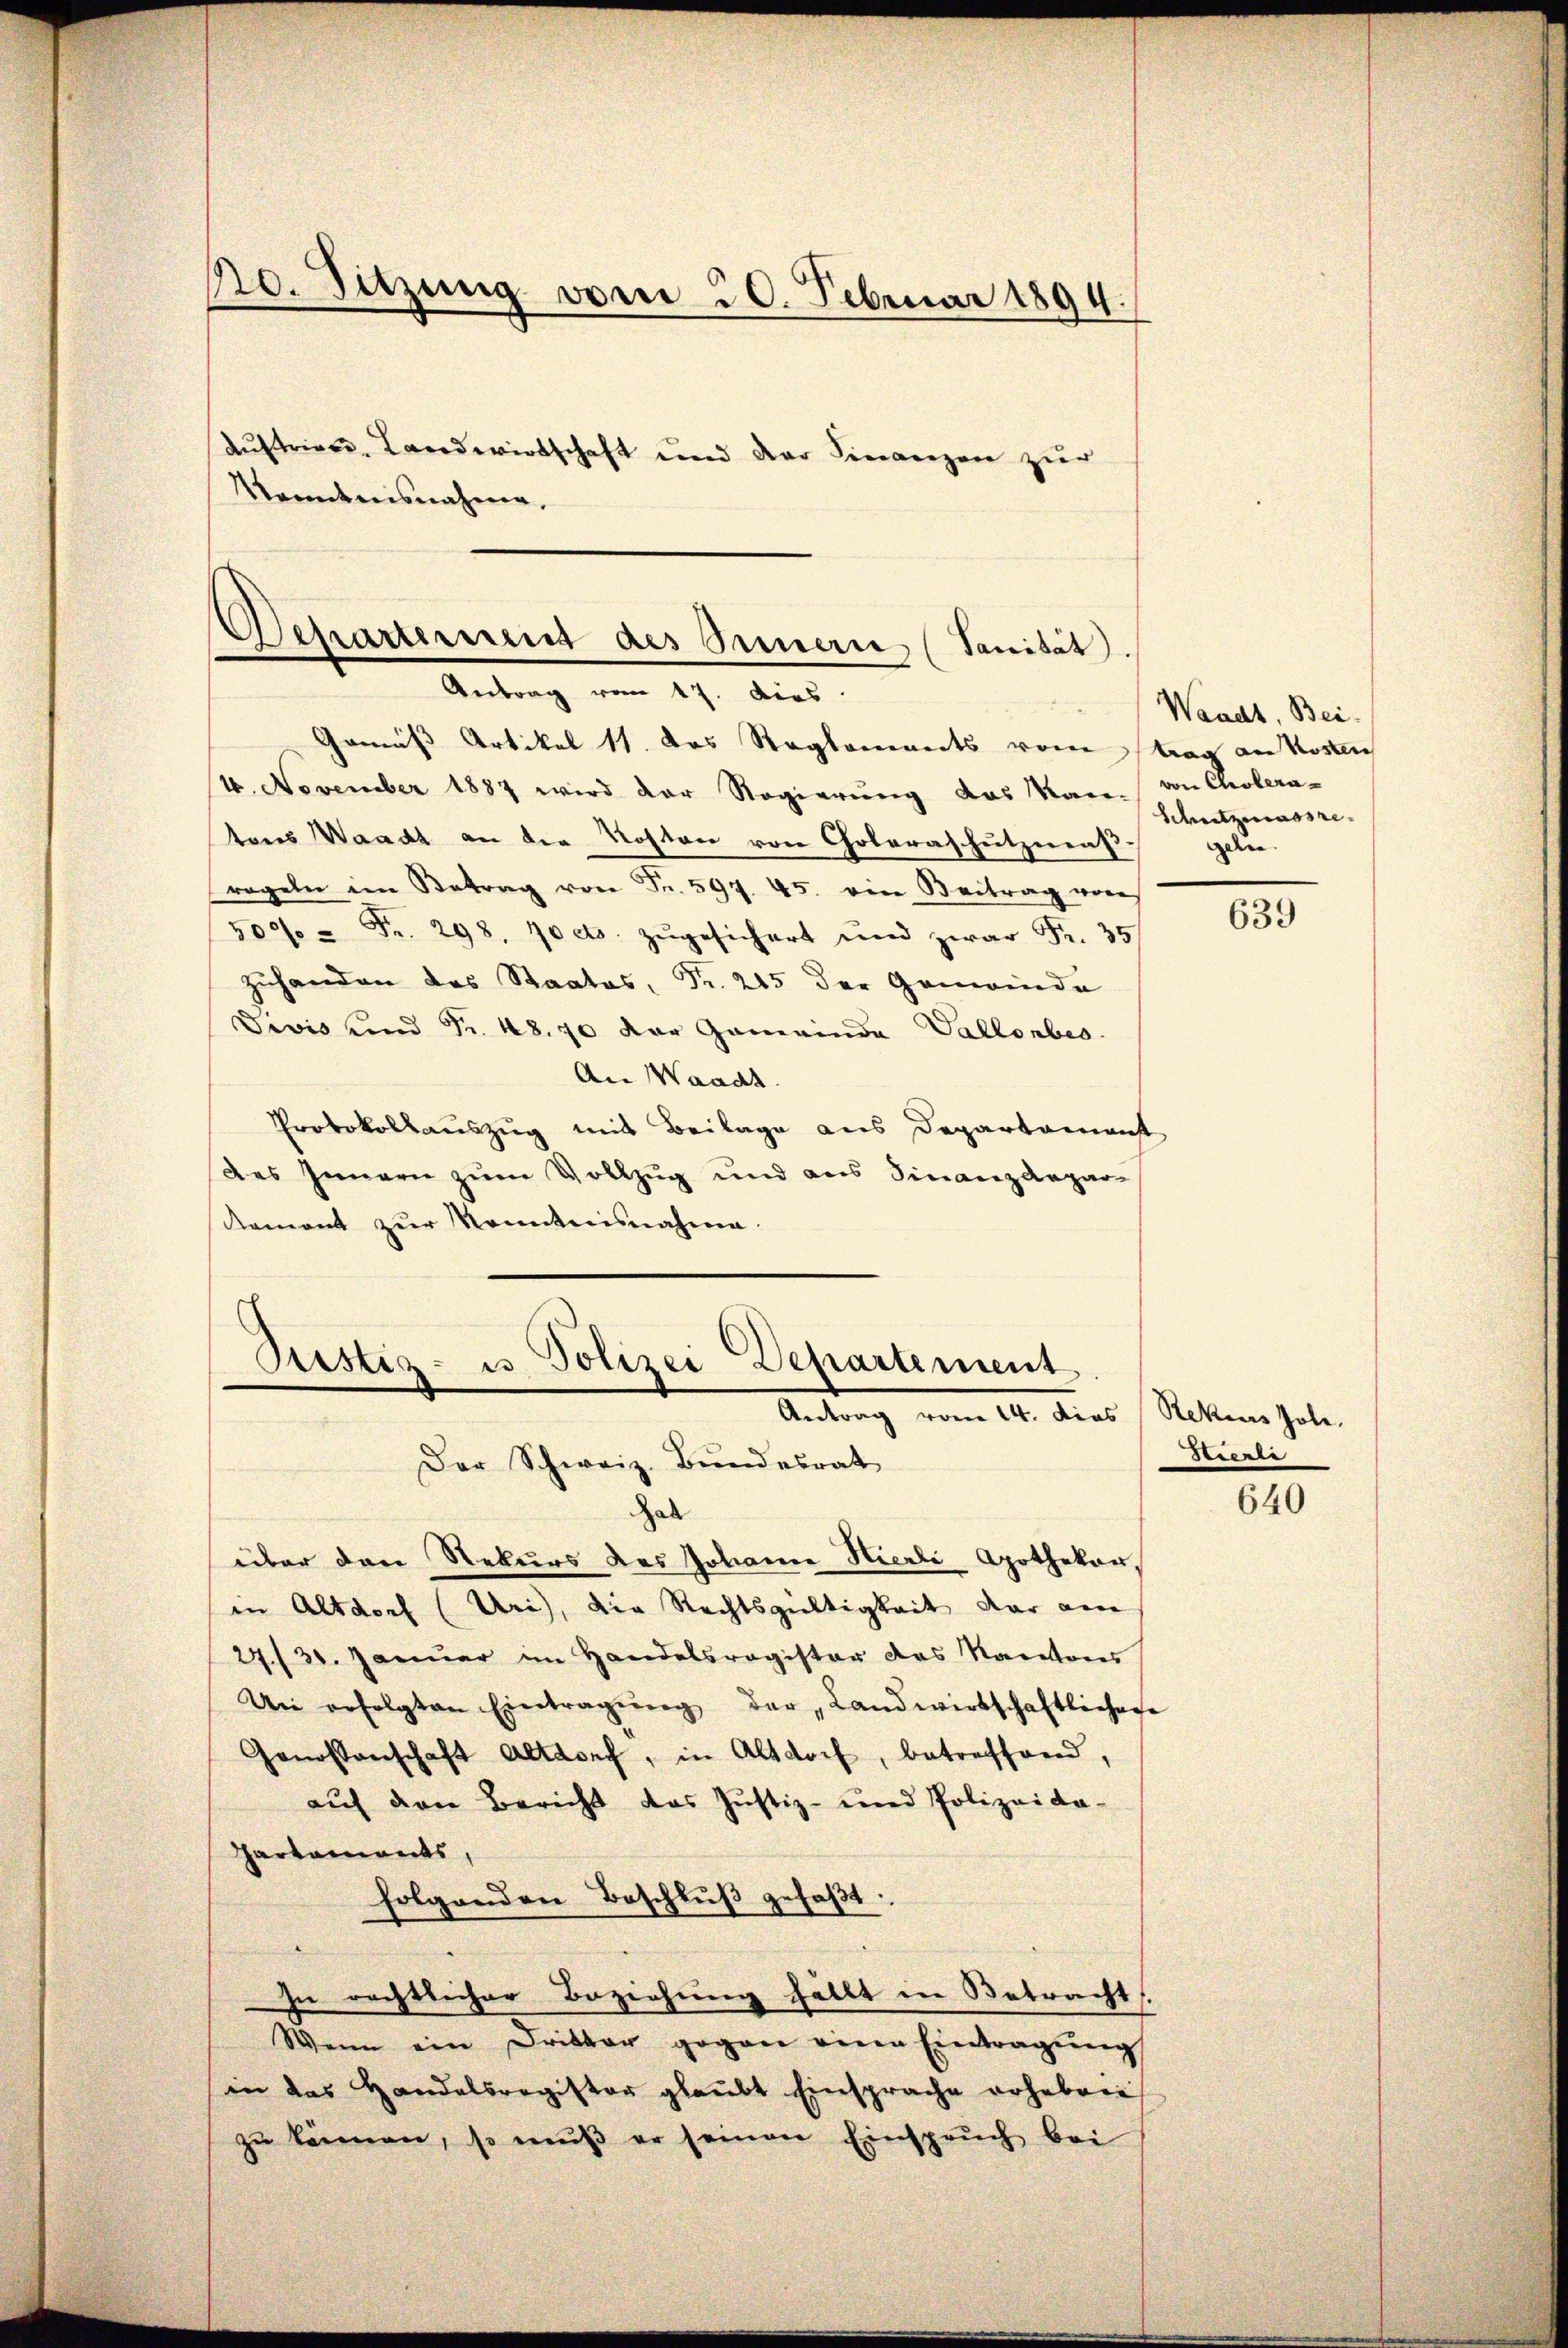
10. Sitzung vom 20. Februar 1894.

Austriere, Landwirtschaft und der Finanzen zur
d
indes |
ahmen,

Departement des Innern (Sanität.
Antrag vom 17. dies

Gemäß Artikel 11. das Reglements vom Tag an Kosten
4. November 1887 wird der Regierung das Kann von Cholera-
tons Waadt an die Roston von Goleraschutzmat.
regeln im Betrag von Fr. 597. 45. ein Beitrag von
500 Fr. 298, 10 cts. zŭgesichert und zwar Fr. 35
Zuhanden des Staates, Fr. 215 der Gemeinde
Divis und Fr. 48. 70 der Gemeinde Vallonbes
An Waadt.
Protokollauszug mit Beilage aus Departamenst
des Innern zum Vollzug und aus Finanzdepar¬
Remont zŭr Kenntnisnahme.

Justiz- u Polizei Departement.
Antrag vom 14. dies Ritten habe.
Der Schweiz. Bundesrat

Waadt, Bei
Schutzmassre
gen

Hal
über den Rekurs des Johann Hierli, Apothekar,
in Altdorf (Uri), die Rechtsgültigkeit dar am
27/30. Januar im Handelsregister das Kantons
Un erfolgten Eintragŭng der „Landwirtschaftlichere
Genossenschaft Altdorf, in Altdorf, betreffend,
auf den Bericht das Justiz- und Polizeida-
Partements,
folgenden Beschlŭβ gefaβt:
zu rechtlicher Beziehung hällt in Betracht.
Wenn ein Dritter gegen eine Eintragŭng
in das Handelsregister glaubt Einsprache vohebrie
zŭ können, so mŭβ er seinen Einsprŭch bei

639

Serente

640